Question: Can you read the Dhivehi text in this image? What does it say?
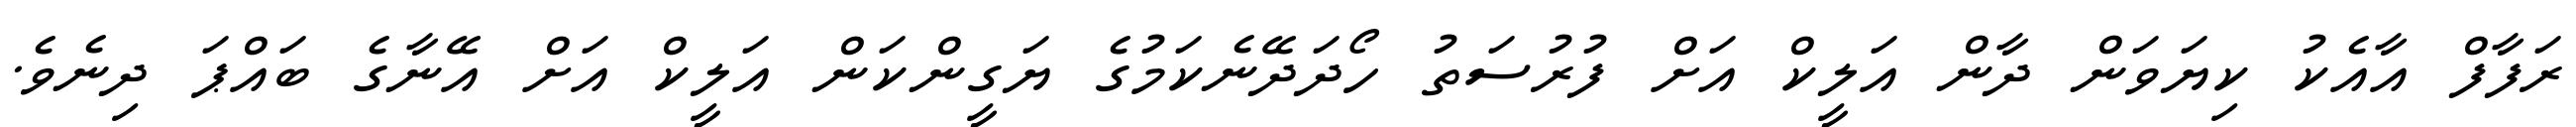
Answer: ރަފާފް އާއެކު ކިޔަވަން ދާން އަލީކް އަށް ފުރުސަތު ހޯދަދޭނެކަމުގެ ޔަގީންކަން އަލީކް އަށް އޭނާގެ ބައްޕަ ދިނެވެ.